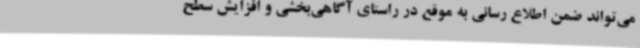
می‌تواند ضمن اطلاع رسانی به موقع در راستای آگاهی‌بخشی و افزایش سطح